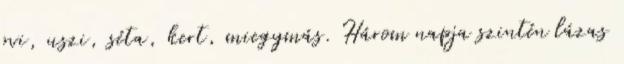
ovi, uszi, séta, kert, miegymás. Három napja szintén lázas